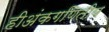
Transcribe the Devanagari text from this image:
हीअंकगणितीय